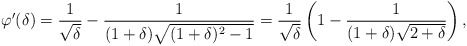
\begin{align*}\varphi'(\delta) = \frac{1}{\sqrt{\delta}} - \frac{1}{(1+\delta) \sqrt{(1+\delta)^2-1}} = \frac{1}{\sqrt{\delta}} \left (1- \frac{1}{(1+\delta)\sqrt{2+\delta}} \right ),\end{align*}